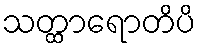
သတ္ထာရောတိပိ